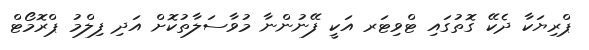
ޕްރިޔަކާ ދެކޭ ގޮތުގައި ޓްވިޓަރ އަކީ ފޭނުންނާ މުވާސަލާތުކޮށް އަދި ފިލްމު ޕްރޮމޯޓް